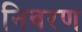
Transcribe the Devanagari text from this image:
निवरण